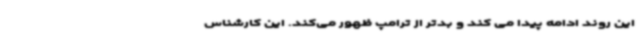
این روند ادامه پیدا می کند و بدتر از ترامپ ظهور می‌کند. این کارشناس